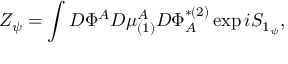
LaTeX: Z _ { \psi } = \int { \cal D } \Phi ^ { A } { \cal D } \mu _ { ( 1 ) } ^ { A } { \cal D } \Phi _ { A } ^ { * ( 2 ) } \exp i S _ { 1 _ { \psi } } ,